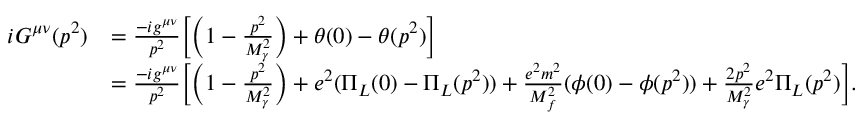
\begin{array} { r l } { i G ^ { \mu \nu } ( p ^ { 2 } ) } & { = \frac { - i g ^ { \mu \nu } } { p ^ { 2 } } \biggl [ \biggl ( 1 - \frac { p ^ { 2 } } { M _ { \gamma } ^ { 2 } } \biggr ) + \theta ( 0 ) - \theta ( p ^ { 2 } ) \biggr ] } \\ & { = \frac { - i g ^ { \mu \nu } } { p ^ { 2 } } \biggl [ \biggl ( 1 - \frac { p ^ { 2 } } { M _ { \gamma } ^ { 2 } } \biggr ) + e ^ { 2 } ( \Pi _ { L } ( 0 ) - \Pi _ { L } ( p ^ { 2 } ) ) + \frac { e ^ { 2 } m ^ { 2 } } { M _ { f } ^ { 2 } } ( \phi ( 0 ) - \phi ( p ^ { 2 } ) ) + \frac { 2 p ^ { 2 } } { M _ { \gamma } ^ { 2 } } e ^ { 2 } \Pi _ { L } ( p ^ { 2 } ) \biggr ] . } \end{array}